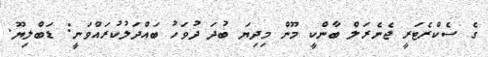
ގެ ސެކްރެޓަރީ ޖެނެރަލް ބާންކީ މޫން މިދިޔަ ބުދަ ދުވަހު ބައްދަލުކުރައްވަނީ: ޑަބްލިޔޫ.